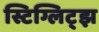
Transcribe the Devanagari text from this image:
स्टिग्लिट्झ